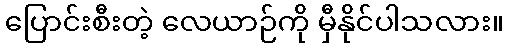
ပြောင်းစီးတဲ့ လေယာဉ်ကို မှီနိုင်ပါသလား။